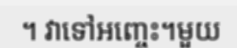
។ វាទៅអញ្ចេះ។មួយ